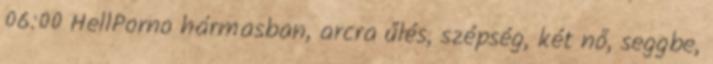
06:00 HellPorno hármasban, arcra űlés, szépség, két nő, seggbe,